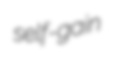
self-gain